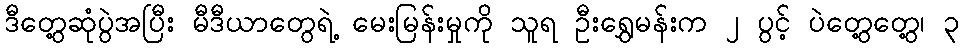
ဒီတွေ့ဆုံပွဲအပြီး မီဒီယာတွေရဲ့ မေးမြန်းမှုကို သူရ ဦးရွှေမန်းက ၂ ပွင့် ပဲတွေ့တွေ့၊ ၃